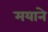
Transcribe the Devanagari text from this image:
मयाने